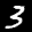
Label: 3